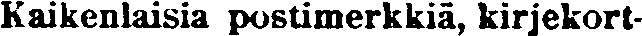
Kaikenlaisia postimerkkiä, kirjekort-